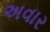
અવાર